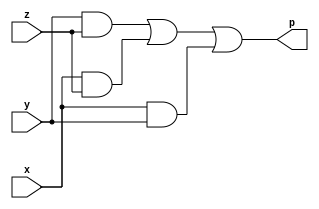
`timescale 1ns / 1ps
//////////////////////////////////////////////////////////////////////////////////
// Company: 
// Engineer: 
// 
// Design Name: 
// Module Name: MAJORITY
// Project Name: 
// Target Devices: 
// Tool Versions: 
// Description: 
// 
// Dependencies: 
// 
// Revision:
// Revision 0.01 - File Created
// Additional Comments:
// 
//////////////////////////////////////////////////////////////////////////////////


module MAJORITY(
    input x,
    input y,
    input z,
    output p
    );
    
  assign p = (y&z)|(x&z)|(x&y);
  
endmodule